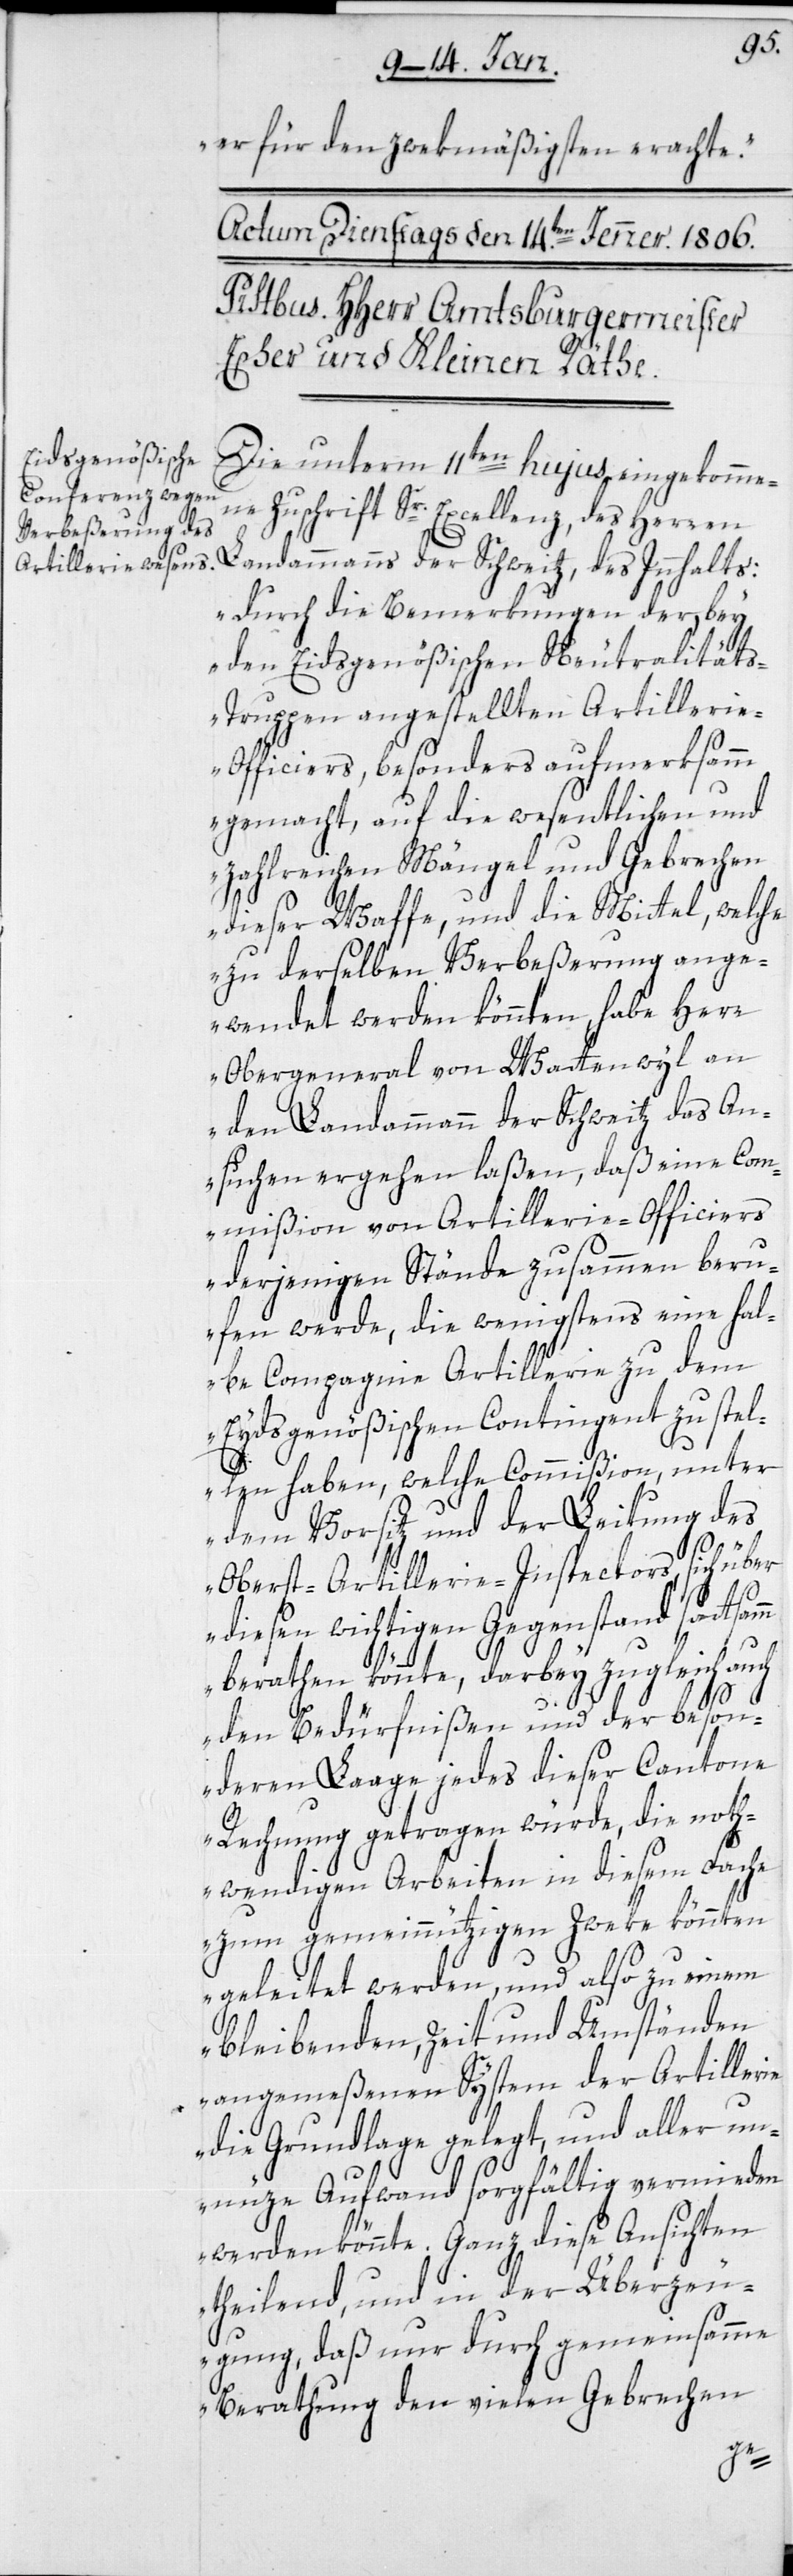
er für den Zweckmäßigsten erachte.
Die unterm 11ten hujus eingekomme¬
ne Zuschrift Sr. Excellenz des Herren
Landammanns der Schweitz, des Innhalts:
„durch die Bemerkungen der, bey
den Eidsgenößischen Neutralität¬
s-Truppen angestellten Artilleri¬
e-Officiers, besonders aufmerksamm
gemacht, auf die wesentlichen und
zahlreichen Mängel und Gebrechen
dieser Waffe, und die Mittel, welche
zu derselben Verbeßerung ange¬
wendet werden könnten, habe Herr
Obergeneral von Wattenwyl an
den Landammann der Schweitz das An¬
suchen ergehen laßen, daß eine Com¬
mißion von Artillerie-Officiers
derjenigen Stände zusammen beru¬
fen werde, die wenigstens eine hal¬
be Compagnie Artillerie zu dem
Eydsgenößischen Contingent zu stel¬
len haben, welche Commißion, unter
dem Vorsitz und der Leitung des
Oberst-Artillerie-Inspectors, sich über
diesen wichtigen Gegenstand sattsa¬
berathen könnte, darbey zugleich auch
den Bedürfnißen und der beson¬
deren Laage jedes dieser Cantone
Rechnung getragen würde, die noth¬
wendigen Arbeiten in diesem Fache
zum gemeinnützigen Zweke könnten
geleitet werden, und also zu einem
bleibenden, Zeit und Umständen
angemeßenen System der Artillerie
die Grundlage gelegt, und aller un¬
nütze Aufwand sorgfältig vermieden
werden könnte. Ganz diese Ansichten
theilend, und in der Überzeu¬
gung, daß nur durch gemeinsamme
Berathung den vielen Gebrechen
mm